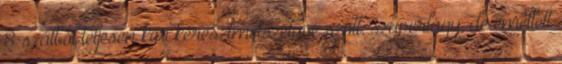
8 szálból teljesen kör keresztmetszetűvé szőtt, szuperlágy, de emellett